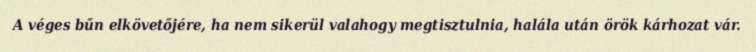
A véges bűn elkövetőjére, ha nem sikerül valahogy megtisztulnia, halála után örök kárhozat vár.